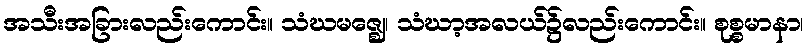
အသီးအခြားလည်းကောင်း။ သံဃမဇ္ဈေ၊ သံဃာ့အလယ်၌လည်းကောင်း။ စုစ္စမာနာ၊